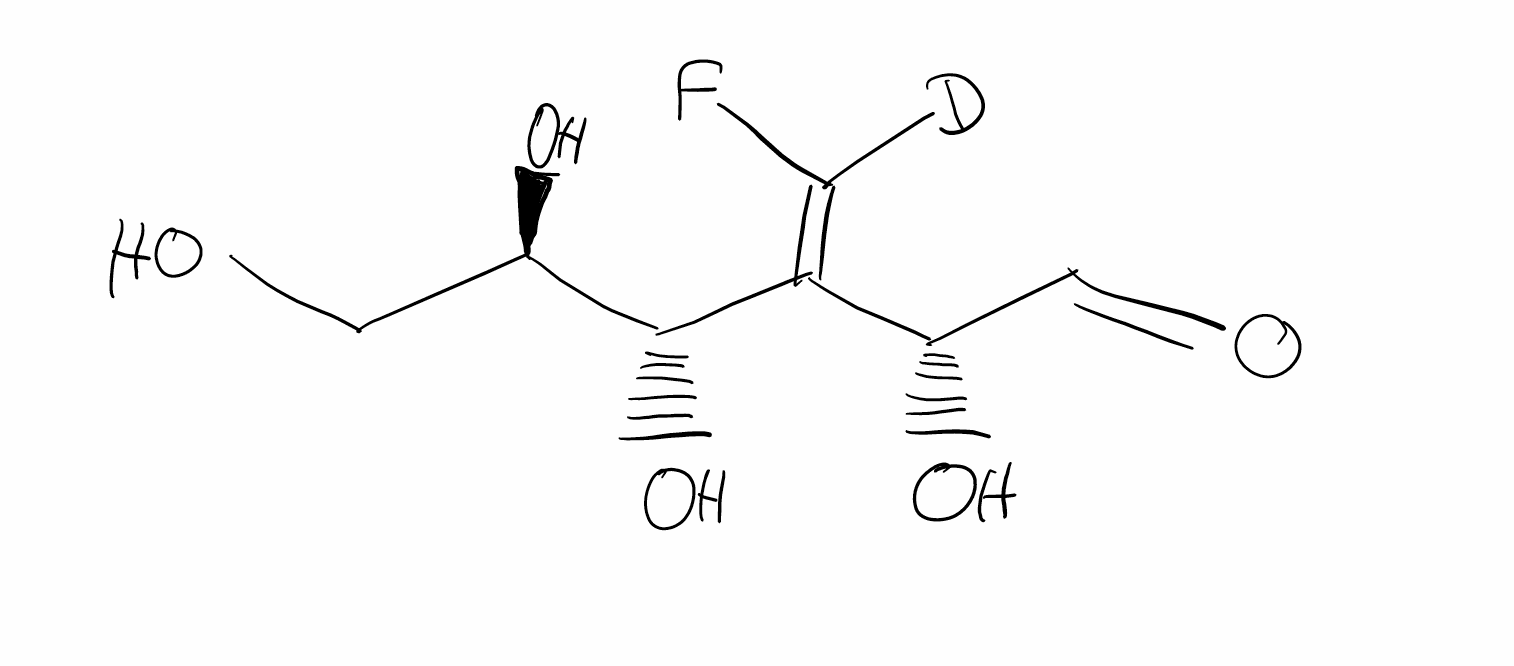
Simplified molecular-input line-entry system (SMILES) notation of the given molecule:
[2H]/C(=C(\[C@H](C=O)O)/[C@@H]([C@@H](CO)O)O)/F